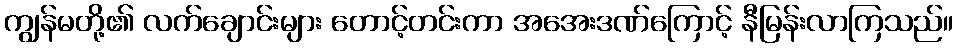
ကျွန်မတို့၏ လက်ချောင်းများ တောင့်တင်းကာ အအေးဒဏ်ကြောင့် နီမြန်းလာကြသည်။